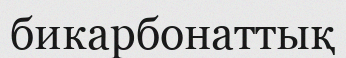
бикарбонаттық